Report on vaccination in Madras 1904-1921 - 1904-1921
Year: 1904
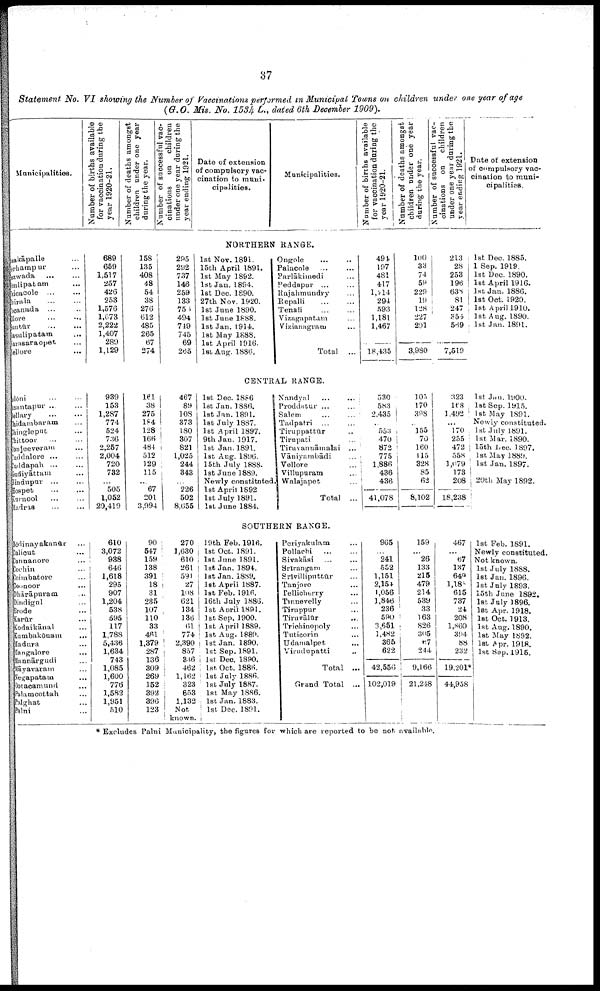
37
Statement No. VI showing the Number of Vaccinations performed in Municipal Towns on children under one year of age
(G.O. Mis. No. 1534 L., dated 6th December 1909).
Municipalities.
Number of births available
for vaccination during the
year 1920-21.
Number of deaths amongst
children under one year
during the year.
Number of successful vac
cinations
on
children
under one year during the
year ending 1921.
Date of extension
of compulsory vac
cination to muni
cipalities.
Municipalities.
Number of births available
for vaccination during the
year 1920-21.
Number of deaths amongst
children
under
one
year
during
the
year.
Number of successful vac
cinations on
children
under one year during the
year ending 1921.
Date of extension
of compulsory vac
cination to muni
cipalities.
NORTHERN RANGE.
Anakāpalle ...
Berhampur ...
Sezwada ... ...
Simlipatam ...
Chicacole ... ...
Chirala ... ...
Cocanada ... ...
Ellore
...
...
Guntūr
...
...
Masulipatam ...
Narasaraopet ...
Nellore ...
689
659
1,517
257
426
253
1,576
1,673
2,222
1,407
289
1,129
158
135
408
48
54
38
276
612
485
265
67
274
295
292
737
146
259
133
750
494
749
745
69
265
1st Nov. 1891.
15th April 1891.
1st May 1892.
1st Jan. 1894.
1st Dec. 1890.
27th Nov. 1920.
1st June 1890.
1st June 1888.
1st Jan. 1914.
1st May 1888.
1st April 1916.
1st Aug. 1886.
Ongole ... ...
Palacole ... ...
Parlākimedi ...
Peddapur ... ...
Rajahmundry ...
Repalli ... ...
Tenali ... ...
Vizagapatam ...
Vizianagram ...
Total
...
494
197
481
417
1,114
294
593
1,181
1,467
18,435
100
33
74
59
229
19
128
227
291
3,980
213
28
253
196
638
81
247
354
569
7,519
1st Dec. 1885.
1 Sep. 1919.
1st Dec. 1890.
1st April 1916.
1st Jan. 1886.
1st Oct. 1920.
1st April 1910.
1st Aug. 1890.
1st Jan. 1891.
CENTRAL RANGE.
Adōni ... ...
Anantapur ... ...
Bellary ... ...
Chidambaram ...
Chingleput ...
Chittoor ... ...
Conjeeveram ...
Cuddalore ... ...
Cuddapah ... ...
Gudiyāttam ...
Hindupur ... ...
Hospet
...
...
Kurnool ... ...
Madras
...
...
939
153
1,287
774
524
736
2,257
2,004
720
732
...
505
1,052
20,419
161
38
275
184
128
166
484
512
129
115
...
67
201
3,994
467
89
108
373
180
307
821
1,025
244
343
...
226
502
8,655
1st Dec. 1886
1st Jan. 1886.
1st Jan. 1891.
1st July 1887.
1st April 1897.
9th Jan. 1917.
1st Jan. 1891.
1st Aug. 1896.
15th July 1888.
1st June 1889.
Newly constituted.
1st April 1892
1st July 1891.
1st June 1884.
Nandyal
...
...
Proddatur ... ...
Salem ... ...
Tadpatri ... ...
Tiruppattūr ...
Tirupati ...
Tiruvannāmalai ...
Vāniyambādi ...
Vellore ...
Villupuram ...
Walajapet ...
Total ...
530
583
2,435
...
553
470
872
775
1,886
436
436
41,078
105
170
398
...
155
70
160
115
328
85
62
8,102
323
168
1,492
...
170
255
472
558
1,079
173
208
18,238
1st Jan. 1900.
1st Sep. 1915.
1st May 1891.
Newly constituted.
1st July 1891.
1st Mar. 1890.
15th Dec. 1897.
1st. May 1889.
1st Jan. 1897.
20th May 1892.
SOUTHERN RANGE.
Bōdinayakanūr ...
Calicut ...
Cannanore ...
Cochin ...
Coimbatore ...
Coonoor ...
Dhārāpuram ...
Dindigul ...
Erode ...
Karūr ...
Kodaikānal ...
Kumbakōnam ...
Madura ...
Mangalore ...
Mannārgudi ...
Māyavaram ...
Negapatam
...
Ootacamund ...
Palamcottah ...
Palghat ...
Palni ...
610
3,072
988
646
1,618
295
907
1,204
538
595
117
1,788
5,436
1,634
743
1,085
1,600
776
1,582
1,951
510
90
547
159
138
391
18
31
235
107
110
33
46l
1,379
287
136
309
269
152
392
396
123
270
1,630
610
261
591
27
108
621
134
136
61
774
2,390
857
336
462
1,162
323
653
1,132
Not
known.
19th Feb. 1916.
1st Oct. 1891.
1st June 1891.
1st Jan. 1894.
1st Jan. 1889.
1st April 1887.
1st Feb. 1916.
16th July 1886.
1st April 1891.
1st Sep. 1900.
1st April 1889.
1st Aug. 1889.
1st Jan. 1890.
1st Sep. 1891.
1st. Dec. 1890.
1st Oct. 1886.
1st July 1886.
1st July 1887.
1st May 1886.
1st Jan. 1883.
1st Dec. 1891.
Periyakulam ...
Pollachi
...
...
Sivakāsi ... ...
Srīrangam ...
Srīvilliputtūr ...
Tanjore ...
Tellicherry ...
Tinnevelly ...
Tiruppur ...
Tiruvālūr ...
Trichinopoly ...
Tuticorin ...
Udamalpet ...
Virudupatti ...
Total ...
Grand Total ...
965
...
241
552
1,151
2,154
1,056
1,846
236
590
3,651
1,482
365
622
42,556
102,019
159
...
26
133
215
479
214
539
33
163
826
305
67
244
9,166
21,248
467
...
67
137
649
1,180
615
737
24
208
1,860
394
88
232
19,201*
44,958
1st Feb. 1891.
Newly constituted.
Not known.
1st July 1888.
1st Jan. 1896.
1st July 1893.
15th June 1892.
1st July 1896.
1st Apr. 1918.
1st Oct. 1913.
1st Aug. 1890.
1st May 1892.
1st Apr. 1918.
1st Sep. 1915.
* Excludes Palni Municipality, the figures for which are reported to be not available.